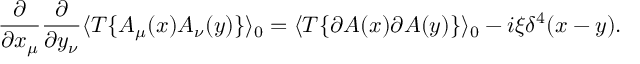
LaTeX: \frac { \partial } { \partial x _ { \mu } } \frac { \partial } { \partial y _ { \nu } } \langle T \{ A _ { \mu } ( x ) A _ { \nu } ( y ) \} \rangle _ { 0 } = \langle T \{ \partial A ( x ) \partial A ( y ) \} \rangle _ { 0 } - i \xi \delta ^ { 4 } ( x - y ) .